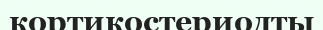
кортикостериодты